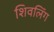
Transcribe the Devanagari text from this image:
शिवलिंंग